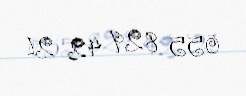
055 829 42 21